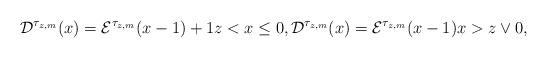
LaTeX: \begin{align*}\mathcal{D}^{\tau_{z,m}}(x) = \mathcal{E}^{\tau_{z,m}}(x-1)+1 z<x\leq 0, \mathcal{D}^{\tau_{z,m}}(x) = \mathcal{E}^{\tau_{z,m}}(x-1) x>z \vee 0, \end{align*}